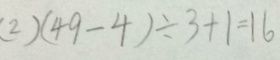
( 2 ) ( 4 9 - 4 ) \div 3 + 1 = 1 6